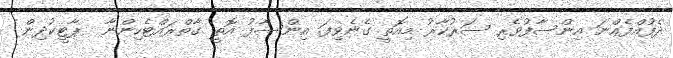
ދެފުއްފެއްނަ އިންސާފުވެރި ސަރުކާރު މިއޮތީ ގެނެވިފަ. އިންސާފު އޮތީ ގާތްރައްޓެހިންނާ  ޕާޓީކުދިން